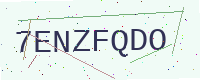
Text: 7ENZFQDO